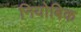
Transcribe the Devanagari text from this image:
नियोबिक